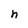
Character: h